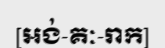
[អង់-គៈ-រាក]